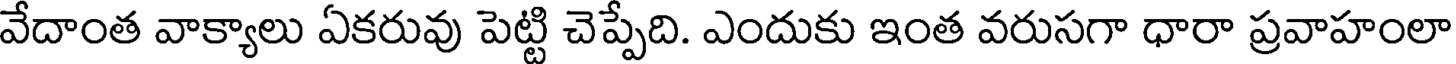
వేదాంత వాక్యాలు ఏకరువు పెట్టి చెప్పేది. ఎందుకు ఇంత వరుసగా ధారా ప్రవాహంలా